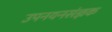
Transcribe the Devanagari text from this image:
उपनयनसंज्ञक